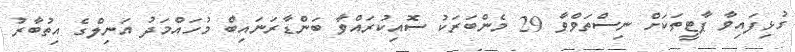
ގުޅިފައިވާ ޕާޓީތަކަށް ނިސްތަވްވާ 29 މެންބަރަކު ސޮއިކުރައްވާ ބަންޑާރަނައިބް މުހައްމަދު އަނިލްގެ އިތުބާރު